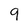
Character: 9